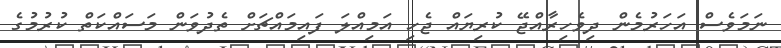
ނަމަވެސް އަހަރުމެން ދިވެހިރާއްޖޭ ކުރިޔައް ޖެހި އަމިއްލަ ފައިމައްޗަށް ތެދުވަން މަސައްކަތް ކުރުމުގެ